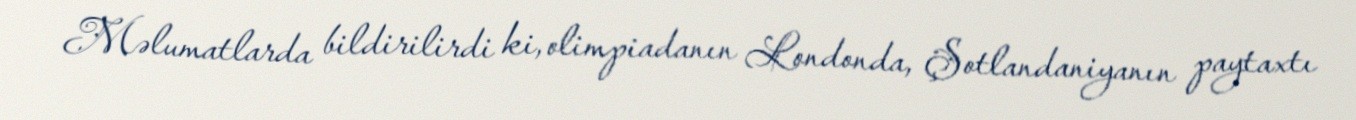
Məlumatlarda bildirilirdi ki, olimpiadanın Londonda, Şotlandaniyanın paytaxtı